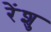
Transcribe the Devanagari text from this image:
रेंशु